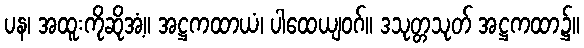
ပန၊ အထူးကိုဆိုအံ့။ အဋ္ဌကထာယံ၊ ပါထေယျဝဂ်။ ဒသုတ္တသုတ် အဋ္ဌကထာ၌။